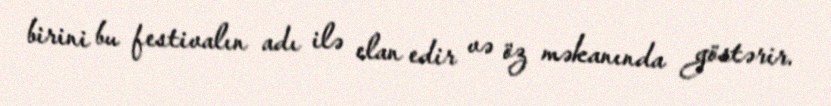
birini bu festivalın adı ilə elan edir və öz məkanında göstərir.